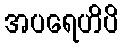
အပရေဟိပိ